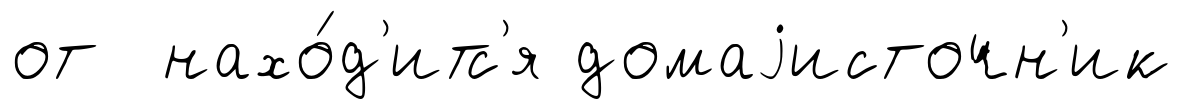
от нахо́д'итс'я домаjисточн'ик